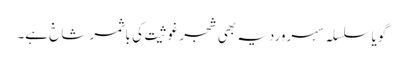
گویا سلسلہ سہروردیہ بھی شجرِ غوثیت کی باثمر شاخ ہے۔